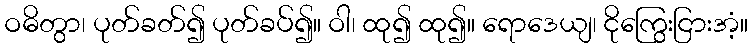
ဝဓိတွာ၊ ပုတ်ခတ်၍ ပုတ်ခပ်၍။ ဝါ၊ ထု၍ ထု၍။ ရောဒေယျ၊ ငိုကြွေးငြားအံ့။